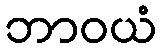
ဘာဝယံ